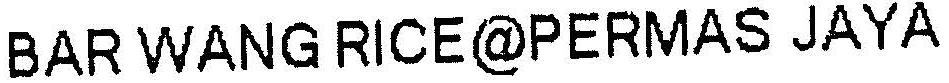
BAR WANG RICE@PERMAS JAYA